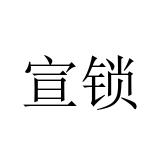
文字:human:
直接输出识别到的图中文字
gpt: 宣锁